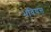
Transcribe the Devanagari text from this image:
भवियत्त